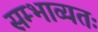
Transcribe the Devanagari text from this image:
सम्भाव्यतः